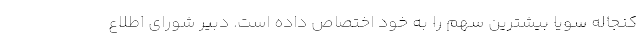
کنجاله سویا بیشترین سهم را به خود اختصاص داده است. دبیر شورای اطلاع